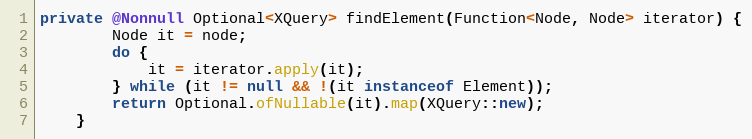
Language: Java
private @Nonnull Optional<XQuery> findElement(Function<Node, Node> iterator) {
        Node it = node;
        do {
            it = iterator.apply(it);
        } while (it != null && !(it instanceof Element));
        return Optional.ofNullable(it).map(XQuery::new);
    }